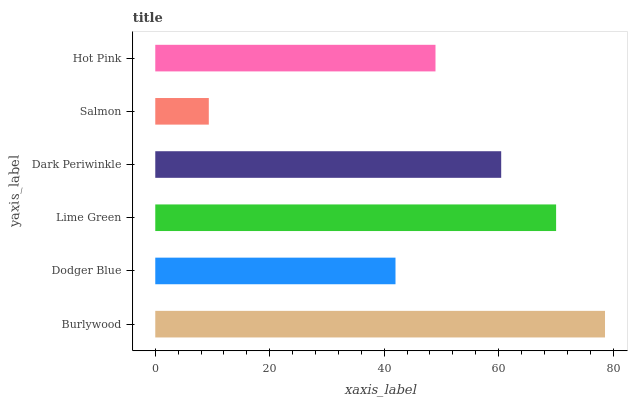
| yaxis_label | bars |
 | --- | --- |
 | Burlywood | 78.6 |
 | Dodger Blue | 42 |
 | Lime Green | 70.1 |
 | Dark Periwinkle | 60.5 |
 | Salmon | 9.36 |
 | Hot Pink | 49 |